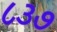
૮૩૭